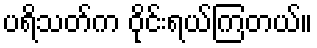
ပရိသတ်က ဝိုင်းရယ်ကြတယ်။